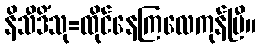
နိသီဒိံသု=ထိုင်နေကြလေကုန်ပြီ။